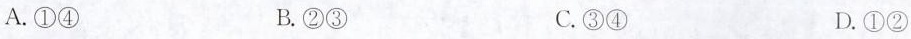
A.①④ B.②③ C.③④ D.①②